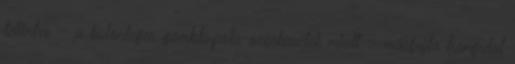
tekintve – a különleges gömbkupola-szerkezetek miatt – másfajta hangulat